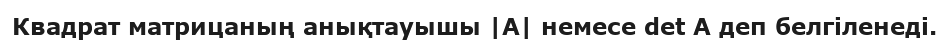
Квадрат матрицаның анықтауышы |A| немесе det A деп белгіленеді.